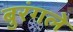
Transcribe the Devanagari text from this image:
बुरंगले